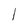
Character: l